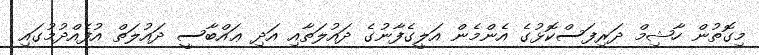
މިގޮތުން ހާޝިމް ދަރިފަސްކޮޅުގެ އެންމެން އަލީގެފާނުގެ ދައުލަތާއި އަދި ޢައްބާސީ ދައުލަތް އުފެއްދުމުގައި